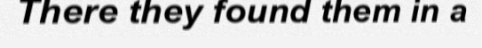
There they found them in a